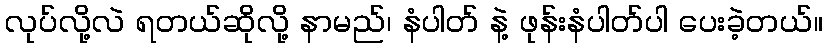
လုပ်လို့လဲ ရတယ်ဆိုလို့ နာမည်၊ နံပါတ် နဲ့ ဖုန်းနံပါတ်ပါ ပေးခဲ့တယ်။